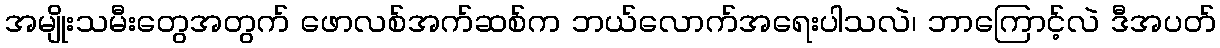
အမျိုးသမီးတွေအတွက် ဖောလစ်အက်ဆစ်က ဘယ်လောက်အရေးပါသလဲ၊ ဘာကြောင့်လဲ ဒီအပတ်